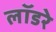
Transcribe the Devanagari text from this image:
लॉडरे